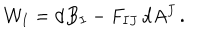
{ \cal W } _ { I } = \mathrm { d } B _ { I } - F _ { I J } \, \mathrm { d } A ^ { J } \, .